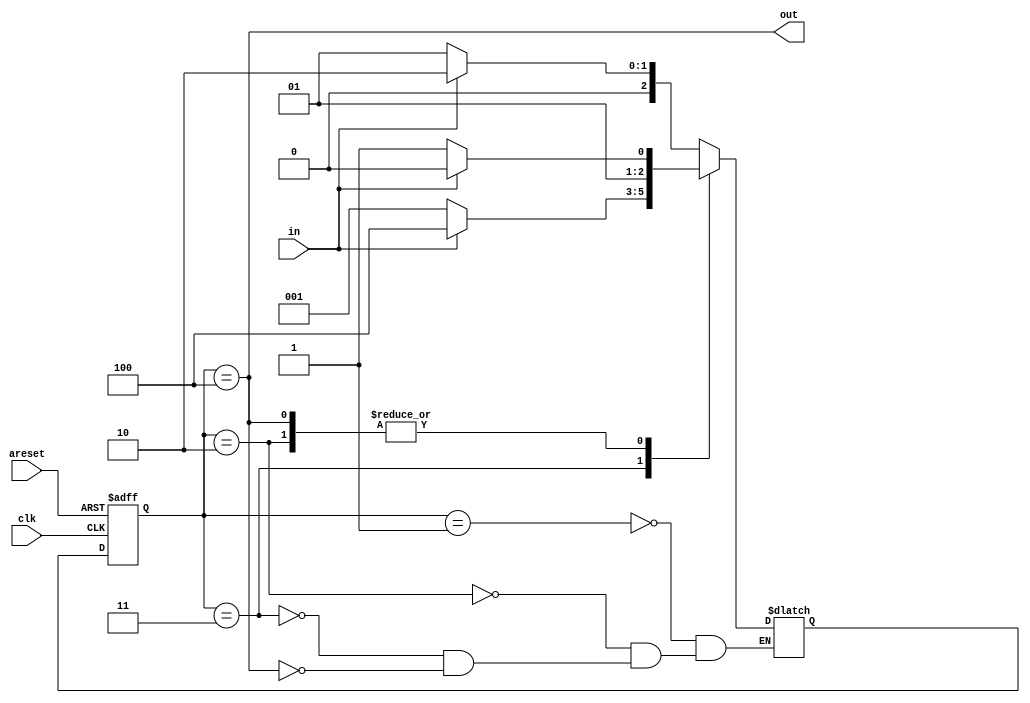
module top_module(
    input clk,
    input in,
    input areset,
    output out); //
    
    reg [2:0] state, next_state;
    parameter A=1, B=2, C=3, D=4; 
    // State transition logic
    always @(*) begin
        case (state)
            A: next_state <= in ? B : A;
            B: next_state <= in ? B : C;
            C: next_state <= in ? D : A;
            D: next_state <= in ? B : C;
        endcase
    end

    // State flip-flops with asynchronous reset
    always @(posedge clk or posedge areset) begin
        if(areset) begin
            state <= A;
        end else begin
            state <= next_state;
        end
    end

    // Output logic
    assign out = (state == D);
endmodule